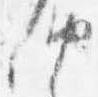
納